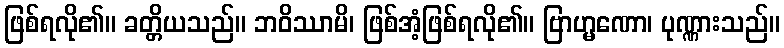
ဖြစ်ရလို၏။ ခတ္တိယသည်။ ဘဝိဿာမိ၊ ဖြစ်အံ့ဖြစ်ရလို၏။ ဗြာဟ္မဏော၊ ပုဏ္ဏားသည်။